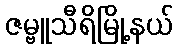
ဇမ္ဗူသီရိမြို့နယ်